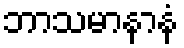
ဘာသမာနာနံ